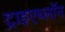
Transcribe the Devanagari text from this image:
ट्राइएथ्लॉन